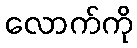
လောက်ကို